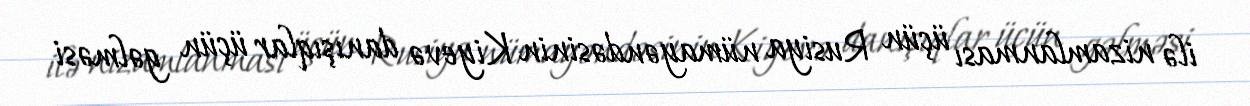
ilə nizamlanması üçün Rusiya nümayəndəsinin Kiyevə danışıqlar üçün gəlməsi